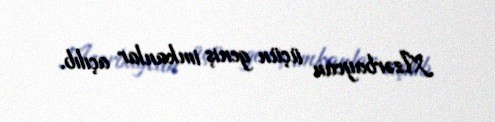
Azərbaycan üçün geniş imkanlar açılıb.